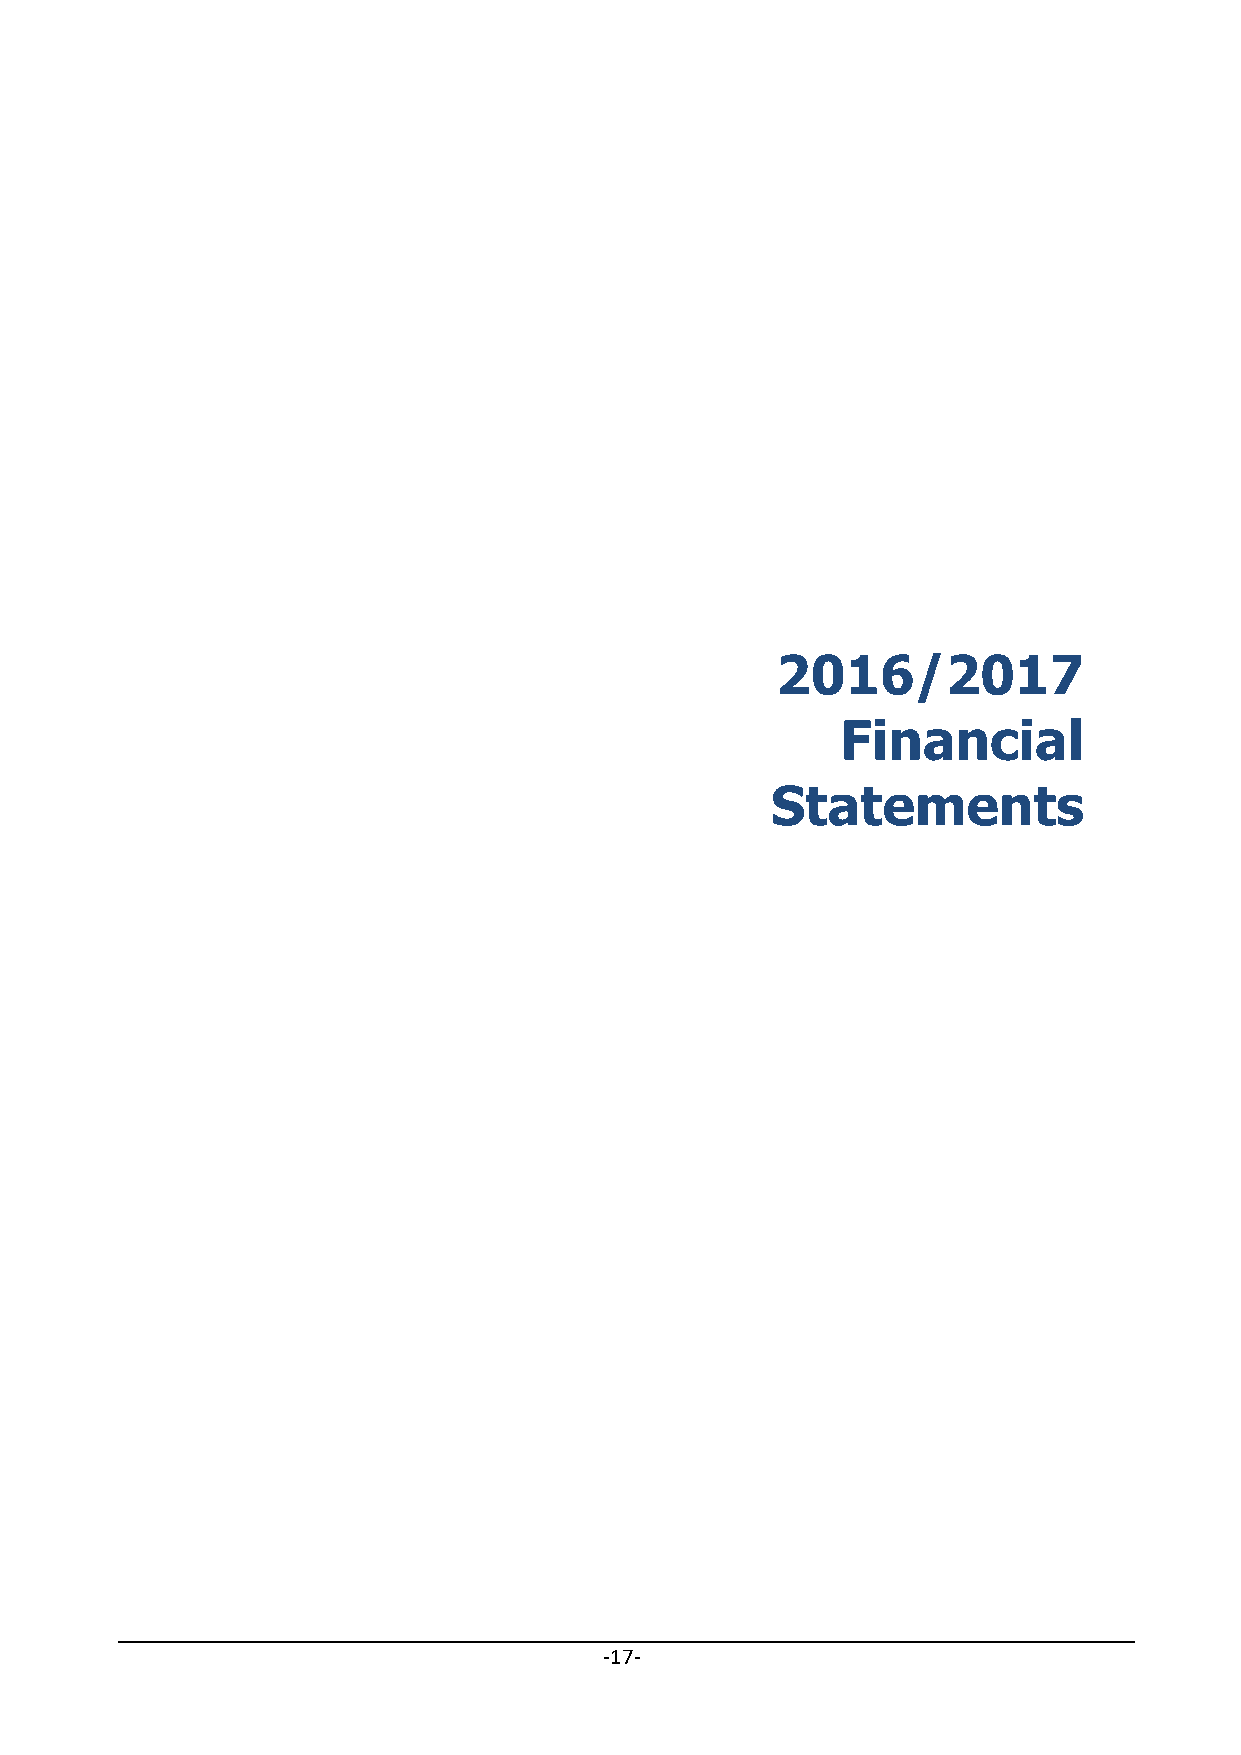
2016/2017
 Financial
 Statements
 ‐17‐